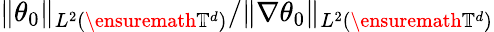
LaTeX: \| \theta_{0}\| _{L^{2}(\ensuremath{\mathbb{T}}^{d})}/\| \nabla\theta_{0}\| _{L^{2}(\ensuremath{\mathbb{T}}^{d})}